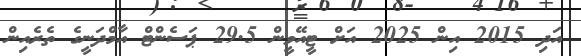
އަދި 2015 އިން 2025 އަށް ޓީއޭވީން 29.5 ޕަސެންޓް އާމްދަނީގެ ތެރެއިން